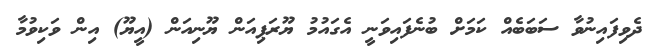
ދެވިފައިނުވާ ސަބަބެއް ކަމަށް ބުނެފައިވަނީ އެގައުމު ޔޫރަޕިއަން ޔޫނިއަން (އީޔޫ) އިން ވަކިވުމާ